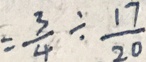
= \frac { 3 } { 4 } \div \frac { 1 7 } { 2 0 }